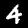
Digit: 4